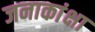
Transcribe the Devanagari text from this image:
जनाकांक्षा